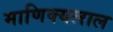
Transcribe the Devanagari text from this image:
माणिक्यलाल